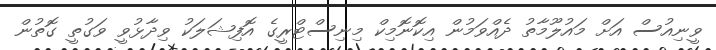
ވީނިއުސް އަށް މައުލޫމާތު ދެއްވަމުން އިކޮނޮމިކް މިނިސްޓްރީގެ އޮފިޝަލަކު ވިދާޅުވީ ވަގުތީ ގޮތުން